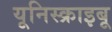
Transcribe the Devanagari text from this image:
यूनिस्क्राइबू